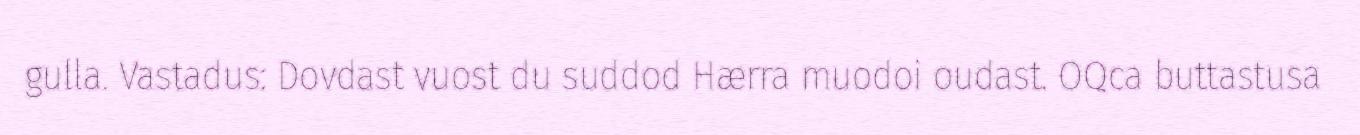
gulla. Vastadus: Dovdast vuost du suddod Hærra muodoi oudast. OQca buttastusa